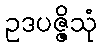
ဥဒပဇ္ဇိသုံ